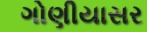
ગોણીયાસર